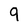
Character: 9